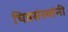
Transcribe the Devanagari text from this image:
चित्रसंस्थांनी